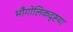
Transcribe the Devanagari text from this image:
भौगोलिकदृष्टया